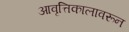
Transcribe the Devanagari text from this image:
आवृत्तिकालावरून